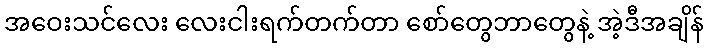
အဝေးသင်လေး လေးငါးရက်တက်တာ စော်တွေဘာတွေနဲ့ အဲ့ဒီအချိန်